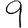
Digit: 9